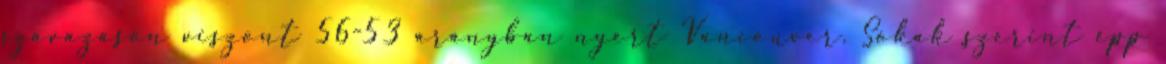
szavazáson viszont 56-53 arányban nyert Vancouver. Sokak szerint épp